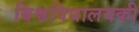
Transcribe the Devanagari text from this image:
बिश्वविधालयकी